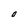
Character: O